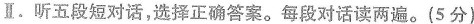
Ⅱ. 听五段短对话,选择正确答案.每段对话读两遍.(5 分)